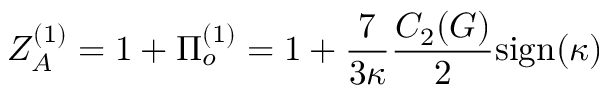
Z _ { A } ^ { ( 1 ) } = 1 + \Pi _ { o } ^ { ( 1 ) } = 1 + \frac { 7 } { 3 \kappa } \frac { C _ { 2 } ( G ) } { 2 } \mathrm { s i g n } ( \kappa )